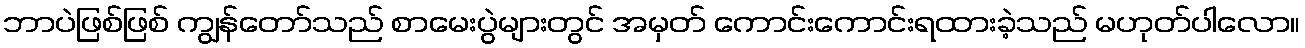
ဘာပဲဖြစ်ဖြစ် ကျွန်တော်သည် စာမေးပွဲများတွင် အမှတ် ကောင်းကောင်းရထားခဲ့သည် မဟုတ်ပါလော။